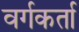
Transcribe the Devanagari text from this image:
वर्गकर्ता